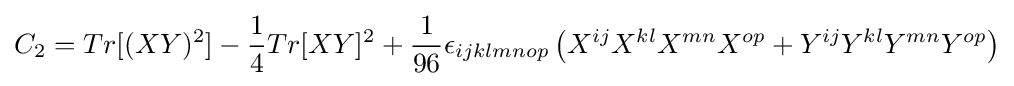
C_{2}=Tr[(XY)^{2}]-{\dfrac {1}{4}}Tr[XY]^{2}+{\frac {1}{96}}\epsilon _{ijklmnop}\left(X^{ij}X^{kl}X^{mn}X^{op}+Y^{ij}Y^{kl}Y^{mn}Y^{op}\right)